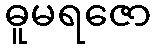
ဓူမရဇော